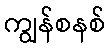
ကျွန်စနစ်